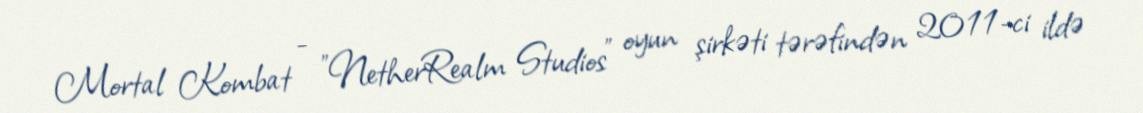
Mortal Kombat - "NetherRealm Studios" oyun şirkəti tərəfindən 2011-ci ildə